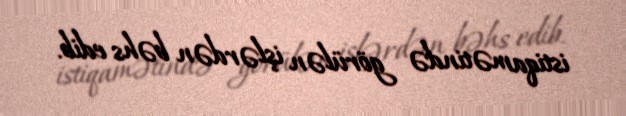
istiqamətində görülən işlərdən bəhs edib.